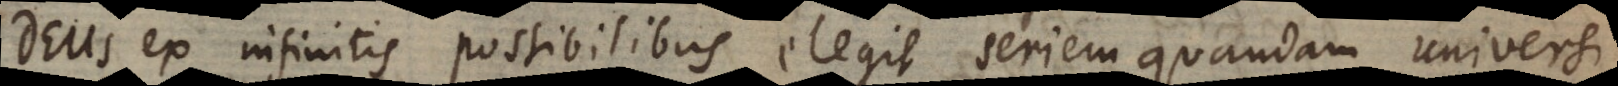
Deus ex infinitis possibilibus elegit seriem quandam universi